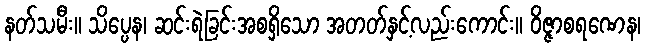
နတ်သမီး။ သိပ္ပေန၊ ဆင်းရဲခြင်းအစရှိသော အတတ်နှင့်လည်းကောင်း။ ဝိဇ္ဇာစရဏေန၊